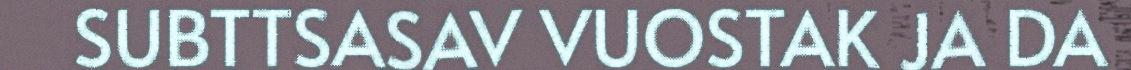
SUBTTSASAV VUOSTAK JA DA